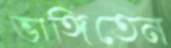
ভাঙ্গিতেন